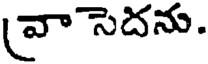
వాసెదను.